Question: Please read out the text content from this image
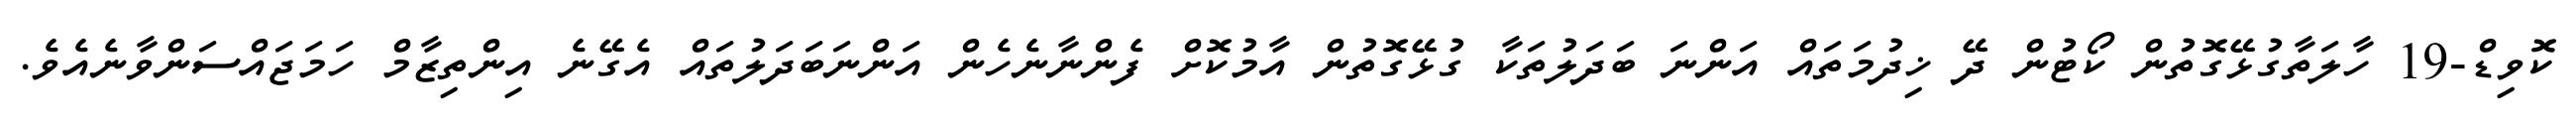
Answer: ކޮވިޑް-19 ހާލަތާގުޅޭގޮތުން ކޯޓުން ދޭ ޚިދުމަތައް އަންނަ ބަދަލުތަކާ ގުޅޭގޮތުން އާމުކޮށް ފެންނާނެހެން އަންނަބަދަލުތައް އެގޭނެ އިންތިޒާމް ހަމަޖައްސަންވާނެއެވެ.